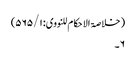
( خلاصۃ الا حکام للنووی: ۵۶۵/۱)
۶۔